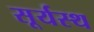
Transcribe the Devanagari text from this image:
सूर्यस्थ